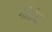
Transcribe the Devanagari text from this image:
गोतोचा